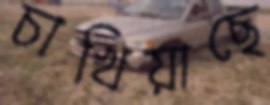
চাখিয়াছে